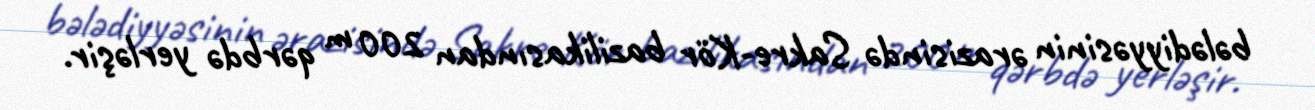
bələdiyyəsinin ərazisində Sakre-Kör bazilikasından 200 m qərbdə yerləşir.